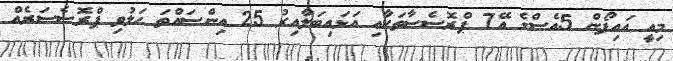
މިއީ އައިފޯން 5އެސްގެ އޭ7 ޕްރޮސެސާތަކާއި އަޅައިބަލާއިރު 25 އިންސައްތަ ހަލުވި ޕްރޮސެސަރެއް